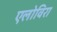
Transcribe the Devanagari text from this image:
एलोविरा